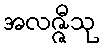
အလဇ္ဇီသု